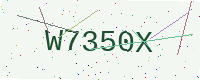
Text: W7350X